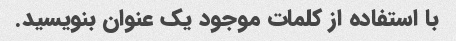
با استفاده از کلمات موجود یک عنوان بنویسید.